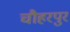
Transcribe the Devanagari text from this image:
चौहरपुर